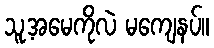
သူ့အမေကိုလဲ မကျေနပ်။